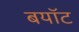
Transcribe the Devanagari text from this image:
बयॉट